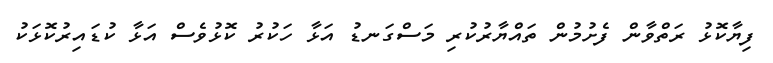
ފިޔާކޮޅު ރަތްވާން ފެށުމުން ތައްޔާރުކުރި މަސްގަނޑު އަޅާ ހަކުރު ކޮޅުވެސް އަޅާ ކުޑައިރުކޮޅަކު